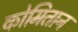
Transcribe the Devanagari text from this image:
कोमितान